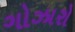
ગોઝારો